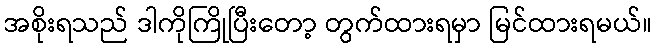
အစိုးရသည် ဒါကိုကြိုပြီးတော့ တွက်ထားရမှာ မြင်ထားရမယ်။